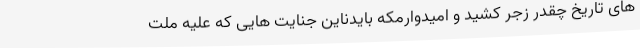
های تاریخ چقدر زجر کشید و امیدوارمکه بایدناین جنایت هایی که علیه ملت